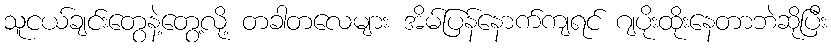
သူငယ်ချင်းတွေနဲ့တွေ့လို့ တခါတလေများ အိမ်ပြန်နောက်ကျရင် ဂျပိုးထိုးနေတာဘဲဆိုပြီး